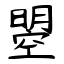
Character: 曌